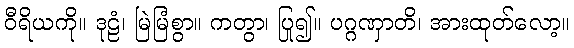
ဝီရိယကို။ ဒုဠံ၊ မြဲမြံစွာ။ ကတွာ၊ ပြု၍။ ပဂ္ဂဏှာတိ၊ အားထုတ်လော့။